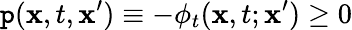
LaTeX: \mathtt{p}(\mathbf{{x}},t,\mathbf{{x}}^{\prime})\equiv-\phi_{t}(\mathbf{{x}},t;\mathbf{{x}}^{\prime})\geq0